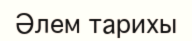
Әлем тарихы